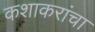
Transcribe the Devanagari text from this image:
कशाकरांचा